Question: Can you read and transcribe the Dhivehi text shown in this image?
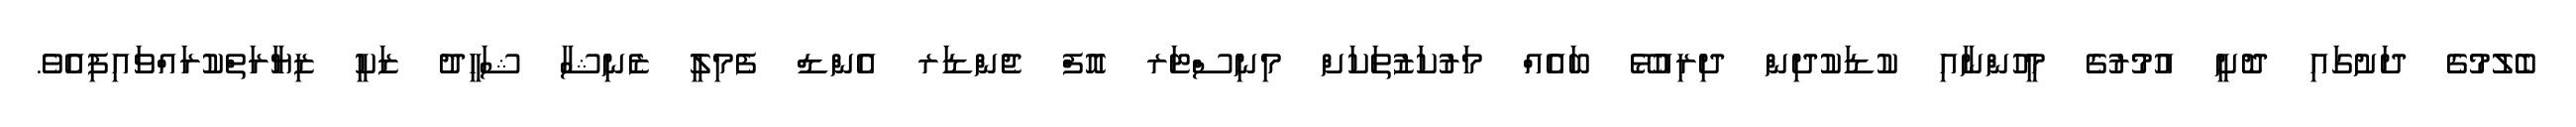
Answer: ބެލުމުގެ ދަށުގައި ދޮށީ އުމުރުގެ މީހުންނާއި ކުޑަކުދިން ދިރިއުޅޭ ބައެއް މަރުކަޒުތަކަށް މިނިސްޓަރ އޮފް ޖެންޑަރ އެންޑް ފެމިލީ ޒެނިޝާ ޝަހީދު ޒަކީ ޒިޔާރަތްކުރައްވައިފިއެވެ.